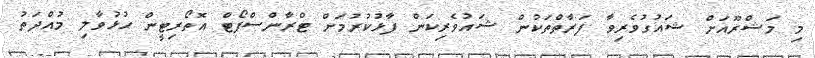
މި މަޝްރޫއަށް ޝައުގުވެރިވާ ފަރާތްތަކުން ޝައުވެރިކަން ފާޅުކުރުމަށް ޓްރާންސްޕޯޓް އޮތޯރިޓީން ހުޅުވާލި މުއްދަތު